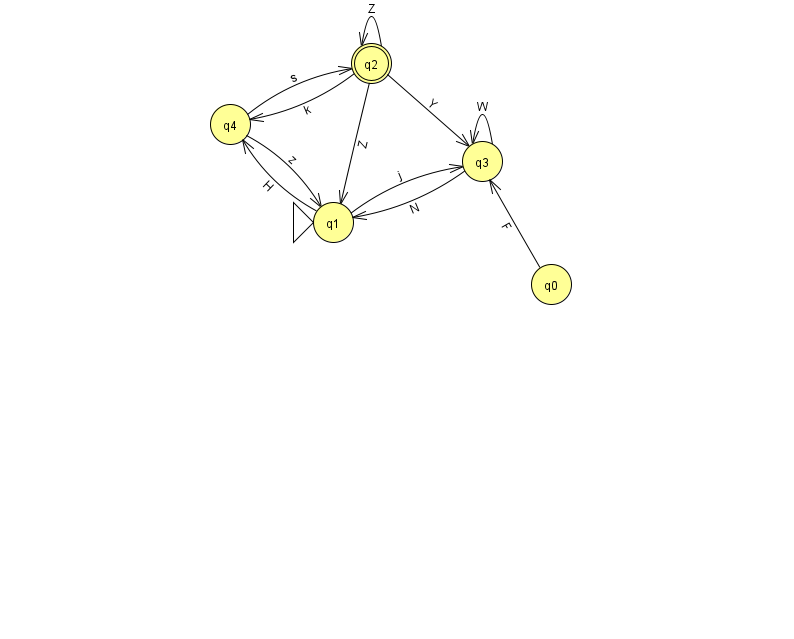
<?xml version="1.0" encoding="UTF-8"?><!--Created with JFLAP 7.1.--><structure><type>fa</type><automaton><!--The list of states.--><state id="0" name="q0"><x>551.0</x><y>271.0</y></state><state id="1" name="q1"><x>333.0</x><y>209.0</y><initial/></state><state id="2" name="q2"><x>371.0</x><y>50.0</y><final/></state><state id="3" name="q3"><x>482.0</x><y>148.0</y></state><state id="4" name="q4"><x>230.0</x><y>111.0</y></state><!--The list of transitions.--><transition><from>3</from><to>3</to><read>W</read></transition><transition><from>4</from><to>2</to><read>s</read></transition><transition><from>1</from><to>3</to><read>j</read></transition><transition><from>4</from><to>1</to><read>z</read></transition><transition><from>2</from><to>2</to><read>Z</read></transition><transition><from>1</from><to>4</to><read>H</read></transition><transition><from>2</from><to>3</to><read>Y</read></transition><transition><from>3</from><to>1</to><read>N</read></transition><transition><from>2</from><to>1</to><read>Z</read></transition><transition><from>0</from><to>3</to><read>F</read></transition><transition><from>2</from><to>4</to><read>k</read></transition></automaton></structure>